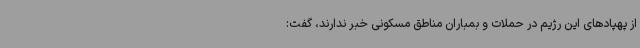
از پهپادهای این رژیم در حملات و بمباران مناطق مسکونی خبر ندارند، گفت: